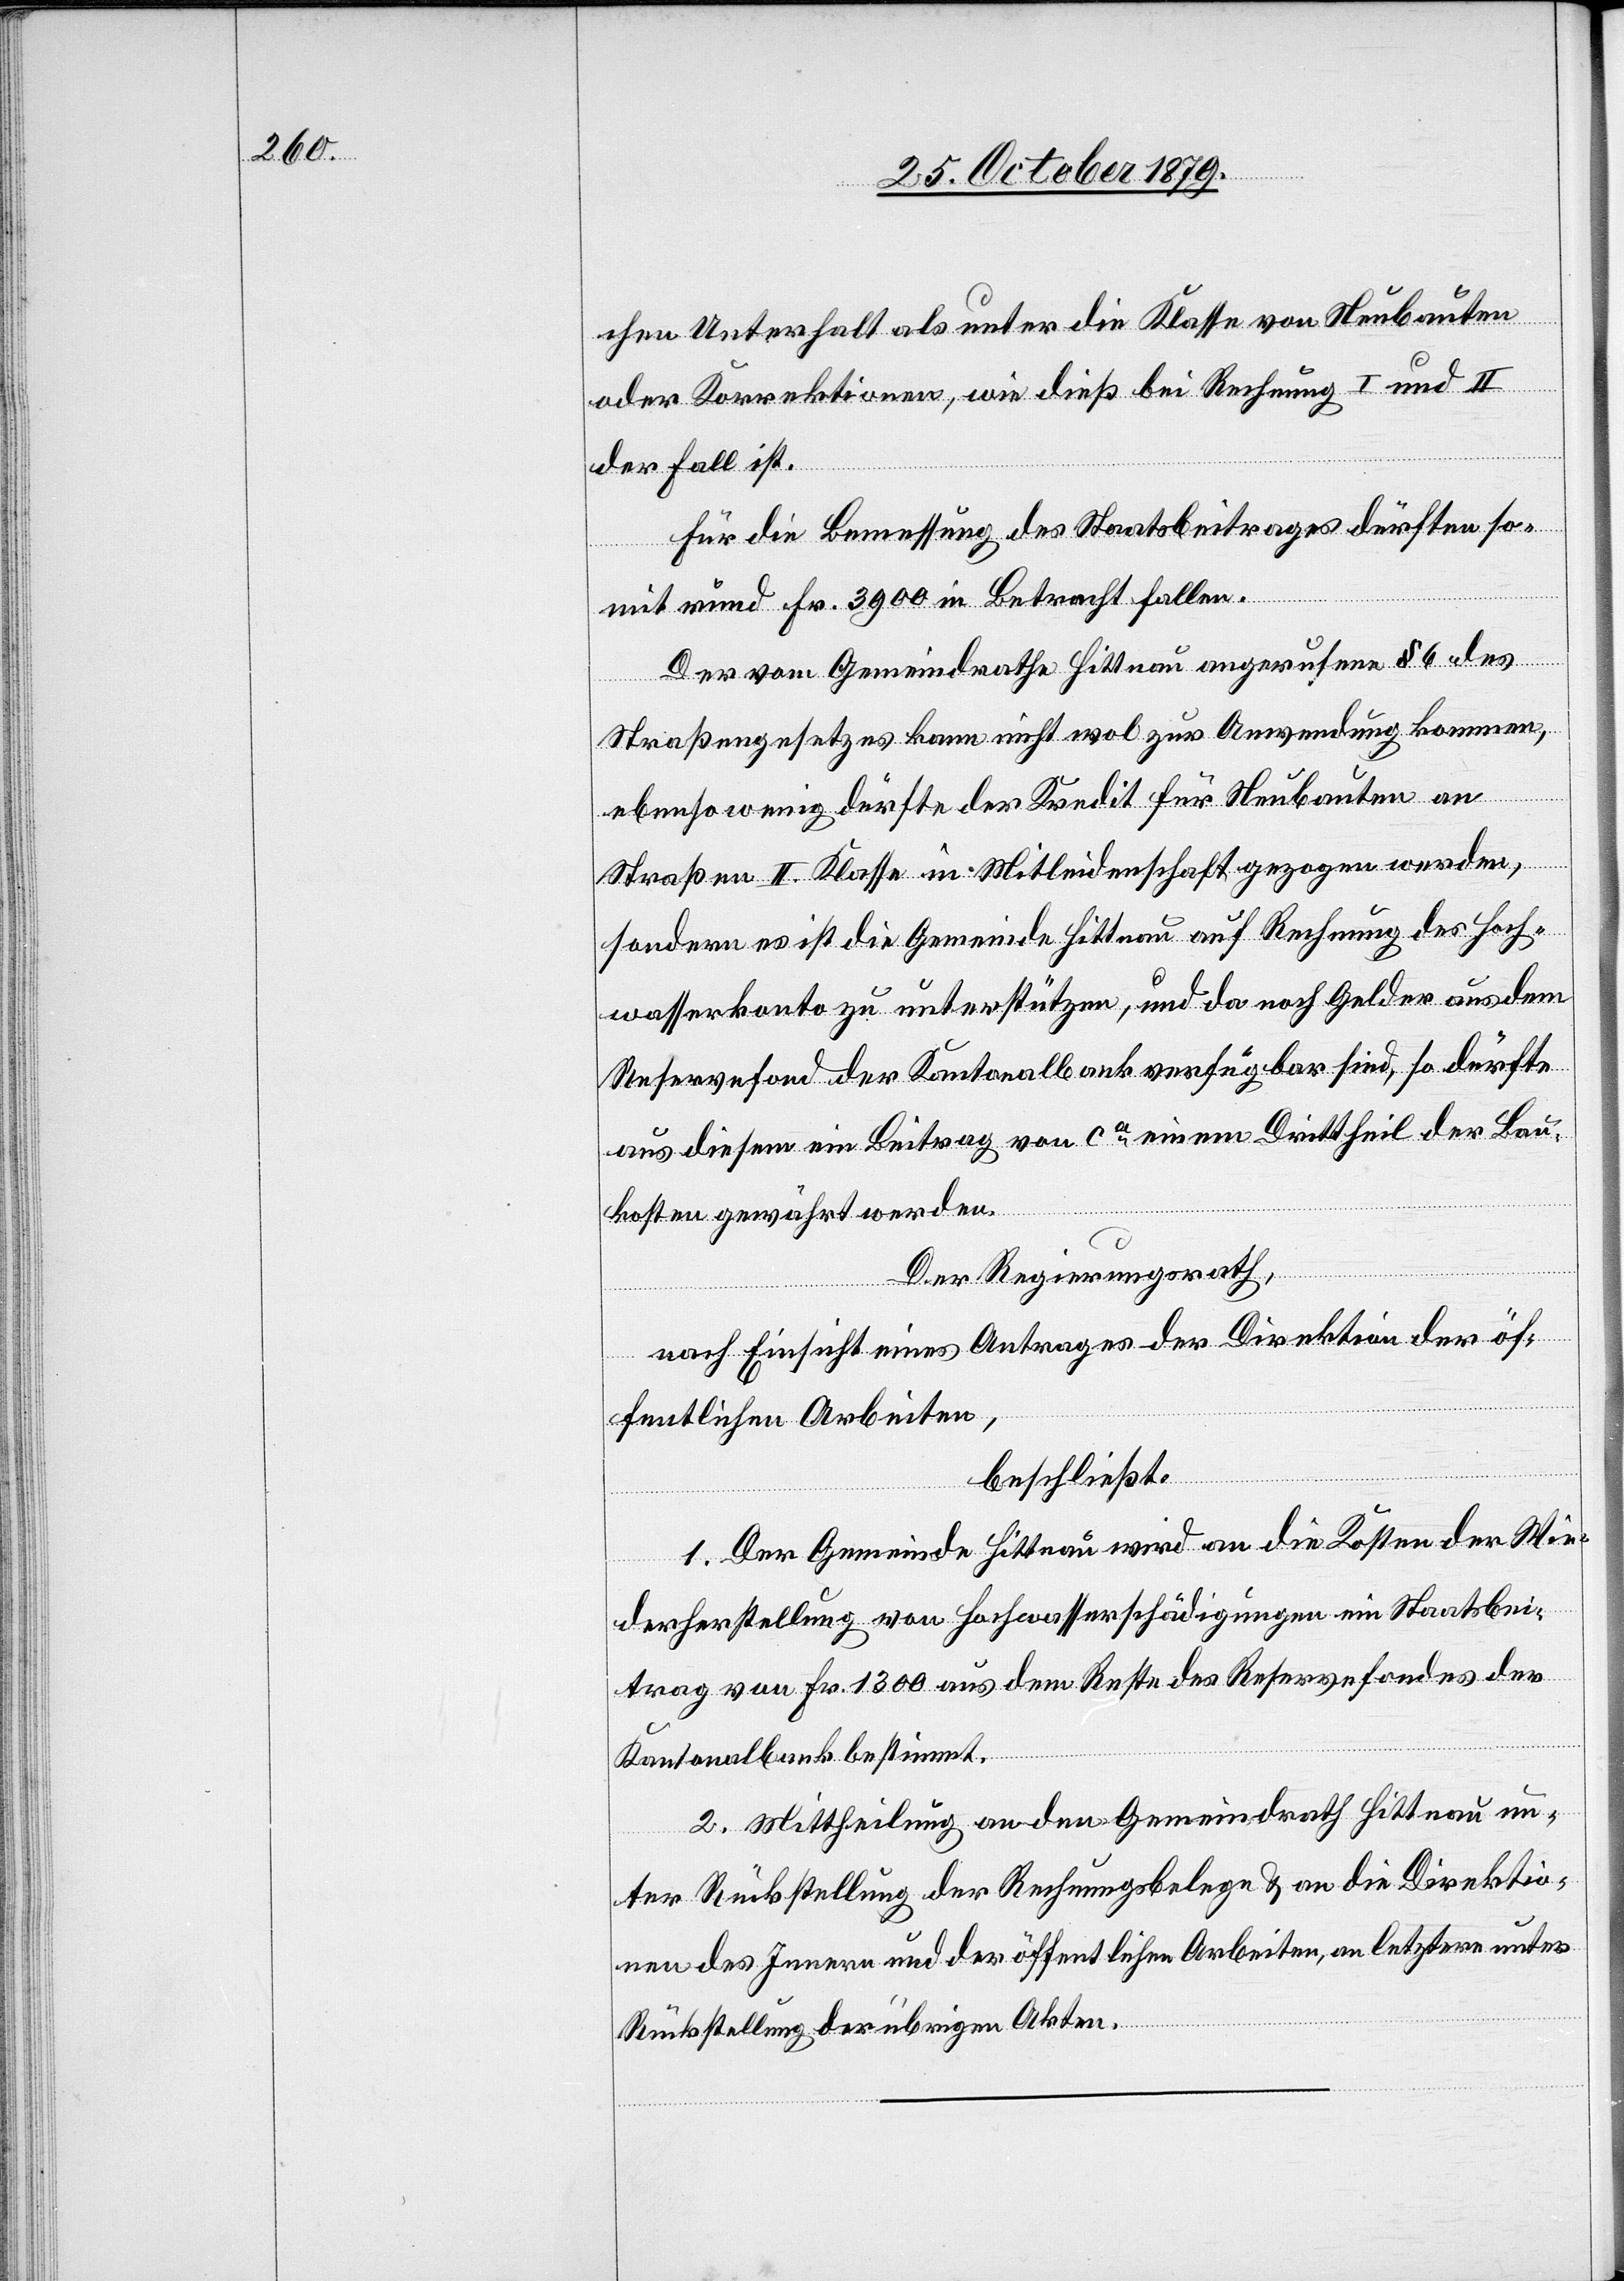
chen Unterhalt als unter die Klasse von Neubauten
oder Korrektionen, wie dieß bei Rechnung I und II
der Fall ist.
Für die Bemessung des Staatsbeitrages dürften so¬
mit mind. Fr. 3900 in Betracht fallen.
Der vom Gemeindrathe Hittnau angerufene § 6 des
Straßengesetzes kann nicht wol zur Anwendung kommen,
ebenso wenig dürfte der Kredit für Neubauten an
Straßen II. Klasse in Mitleidenschaft gezogen werden,
sondern es ist die Gemeinde Hittnau auf Rechnung des Hoch¬
wasserkonto zu unterstützen, und da noch Gelder aus dem
Reservefond der Kantonalbank verfügbar sind, so dürfte
aus diesem ein Beitrag von ca einem Drittheil der Bau¬
kosten gewährt werden.
Der Regierungsrath,
nach Einsicht eines Antrages der Direktion der öf¬
fentlichen Arbeiten,
beschließt:
1. Der Gemeinde Hittnau wird an die Kosten der Wie¬
derherstellung von Hochwasserschädigungen ein Staatsbei¬
trag von Fr. 1300 aus dem Reste des Reservefondes der
Kantonalbank bestimmt.
2. Mittheilung an den Gemeindrath Hittnau un¬
ter Rückstellung der Rechnungsbelege & an die Direktio¬
n des Innern und der öffentlichen Arbeiten, an letztere unter
Rückstellung der übrigen Akten.